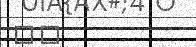
٢٧